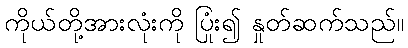
ကိုယ်တို့အားလုံးကို ပြုံး၍ နှုတ်ဆက်သည်။